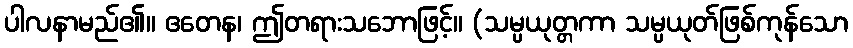
ပါလနာမည်၏။ ဧတေန၊ ဤတရားသဘောဖြင့်။ (သမ္ပယုတ္တကာ သမ္ပယုတ်ဖြစ်ကုန်သော